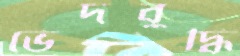
ভেদবুদ্ধি